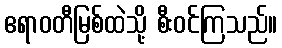
ဧရာဝတီမြစ်ထဲသို့ စီးဝင်ကြသည်။